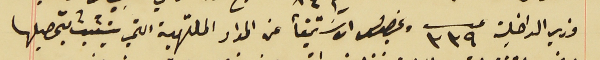
وزير الداخلية عدد ٣٣٩ وبخصوص الاسَتيفأ عن المواد الملتهبة التي يتشبث بتحصيلها